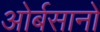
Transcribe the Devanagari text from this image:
ओर्बसानो